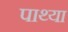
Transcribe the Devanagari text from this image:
पाथ्या